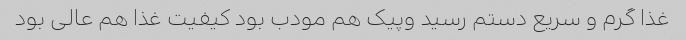
غذا گرم و سریع دستم رسید وپیک هم مودب بود کیفیت غذا هم عالی بود